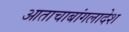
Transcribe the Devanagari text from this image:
आताचाबांगलादेश